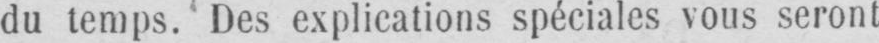
du temps. Des explications spéciales vous seront